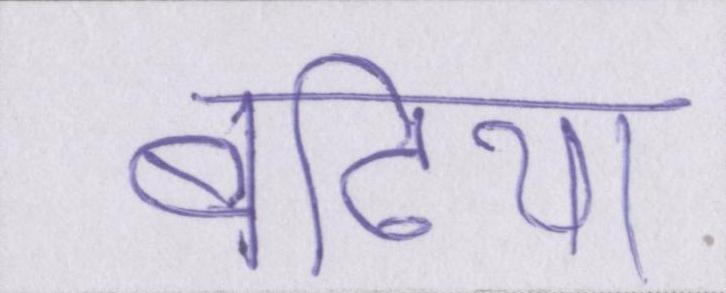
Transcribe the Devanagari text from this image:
बढि़या